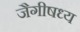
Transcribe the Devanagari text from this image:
जैगीषध्य